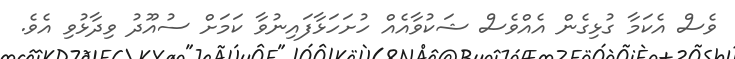
ވެސް އެކަމާ ގުޅިގެން އެއްވެސް ޝަކުވާއެއް ހުށަހަޅާފައިނުވާ ކަމަށް ސުއޫދު ވިދާޅުވި އެވެ.